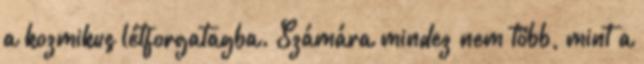
a kozmikus létforgatagba. Számára mindez nem több, mint a